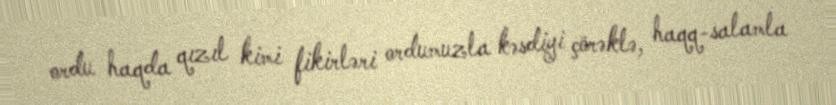
ordu haqda qızıl kimi fikirləri ordumuzla kəsdiyi çörəklə, haqq-salamla